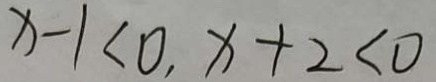
x - 1 < 0 , x + 2 < 0